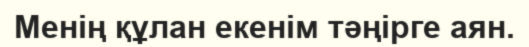
Менің құлан екенім тәңірге аян.